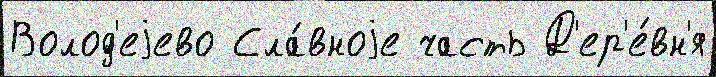
Волод'еjево Сла́вноjе часть Д'ер'е́вн'я